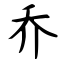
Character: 乔